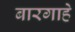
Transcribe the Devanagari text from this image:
बारगाहे